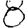
Digit: 8